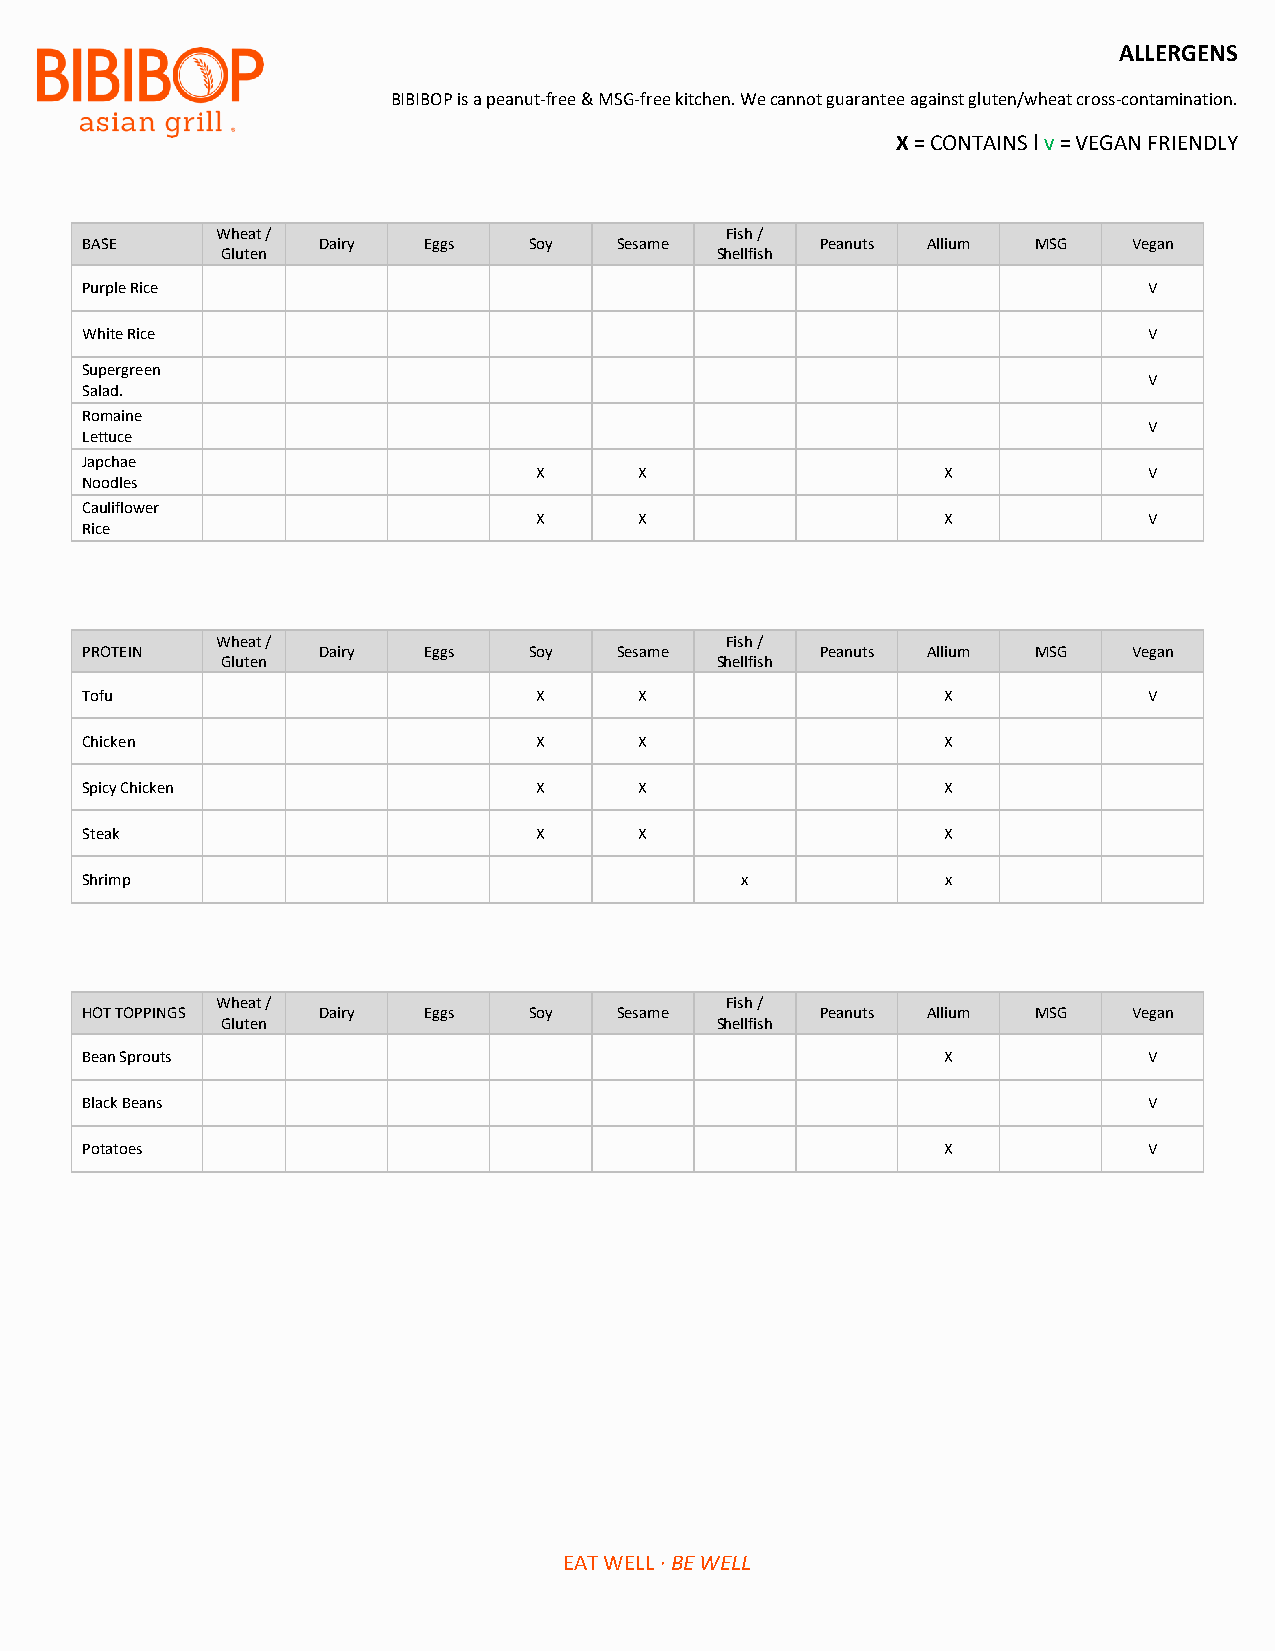
ALLERGENS
 BIBIBOP is a peanut-free & MSG-free kitchen. We cannot guarantee against gluten/wheat cross-contamination.
 X = CONTAINS ׀ v = VEGAN FRIENDLY
 Wheat /                           Fish /
 BASE            Dairy  Eggs   Soy   Sesame       Peanuts Allium MSG   Vegan
 Gluten                          Shellfish
 Purple Rice                                                            V
 White Rice                                                             V
 Supergreen
 V
 Salad.
 Romaine
 V
 Lettuce
 Japchae
 X     X                    X            V
 Noodles
 Cauliflower
 X     X                    X            V
 Rice
 Wheat /                           Fish /
 PROTEIN         Dairy  Eggs   Soy   Sesame       Peanuts Allium MSG   Vegan
 Gluten                          Shellfish
 Tofu                           X     X                    X            V
 Chicken                        X     X                    X
 Spicy Chicken                  X     X                    X
 Steak                          X     X                    X
 Shrimp                                      x             x
 Wheat /                           Fish /
 HOT TOPPINGS    Dairy  Eggs   Soy   Sesame       Peanuts Allium MSG   Vegan
 Gluten                          Shellfish
 Bean Sprouts                                              X            V
 Black Beans                                                            V
 Potatoes                                                  X            V
 EAT WELL ∙ BE WELL